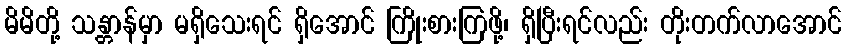
မိမိတို့ သန္တာန်မှာ မရှိသေးရင် ရှိအောင် ကြိုးစားကြဖို့၊ ရှိပြီးရင်လည်း တိုးတက်လာအောင်